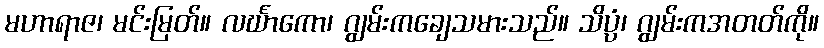
မဟာရာဇ၊ မင်းမြတ်။ လင်္ဃာကော၊ ဂျွမ်းကချေသမားသည်။ သိပ္ပံ၊ ဂျွမ်းကအတတ်ကို။